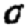
Digit: 0